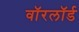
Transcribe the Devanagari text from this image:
वॉरलॉर्ड